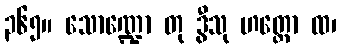
၃၆၅။ သောဏ္ဍော တု ဒွီသု ဟတ္ထော ထ၊